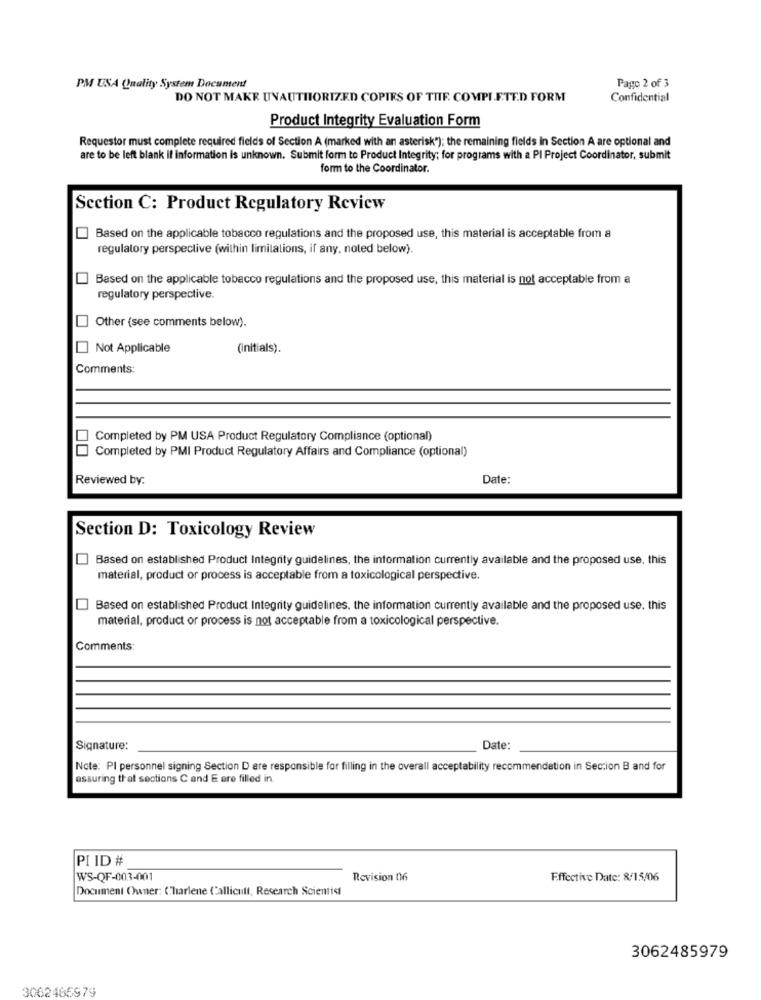
PM USA Quality System Document
Pago 2 of 3
DO NOT MAKE UNAUTHORIZED COPIES OF THE COMPLETE.D FORM
Confidential
Product Integrity Evaluation Form
Requestor must complete required fields of Section A (marked with an asterisk"); the remaining fields in Section A are optional and
are to be left blank if information is unknown. Submit form to Product Integrity; for programs with a PI Project Coordinator, submit
form to the Coordinator.
Section C: Product Regulatory Review
Based on the applicable tobacco regulations and the proposed use, this material is acceptable from a
regulatory perspective (within limitations, if any, noted below).
Based on the applicable tobacco regulations and the proposed use, this material is not acceptable from a
regulatory perspective.
Other (see comments below).
Not Applicable
(initials).
Comments:
Completed by PM USA Product Regulatory Compliance (optional)
Completed by PMI Product Regulatory Affairs and Compliance (optional)
Reviewed by:
Date:
Section D: Toxicology Review
Based on established Product Integrity guidelines, the information currently available and the proposed use, this
material, product or process is acceptable from a toxicological perspective.
Based on established Product Integrity guidelines. the information currently available and the proposed use. this
material, product or process is not acceptable from a toxicological perspective
Comments:
Signature:
Date:
Note: PI personnel signing Section D are responsible for filling in the overall acceptability recommendation in Section B and for
assuring that sections C and E ere filled in.
PI ID #
WS-QF-003-001
Revision 06
Effective Date: 8/15/06
Document Owner: Charlene Callicull, Research Scientist
3062485979
3062466979